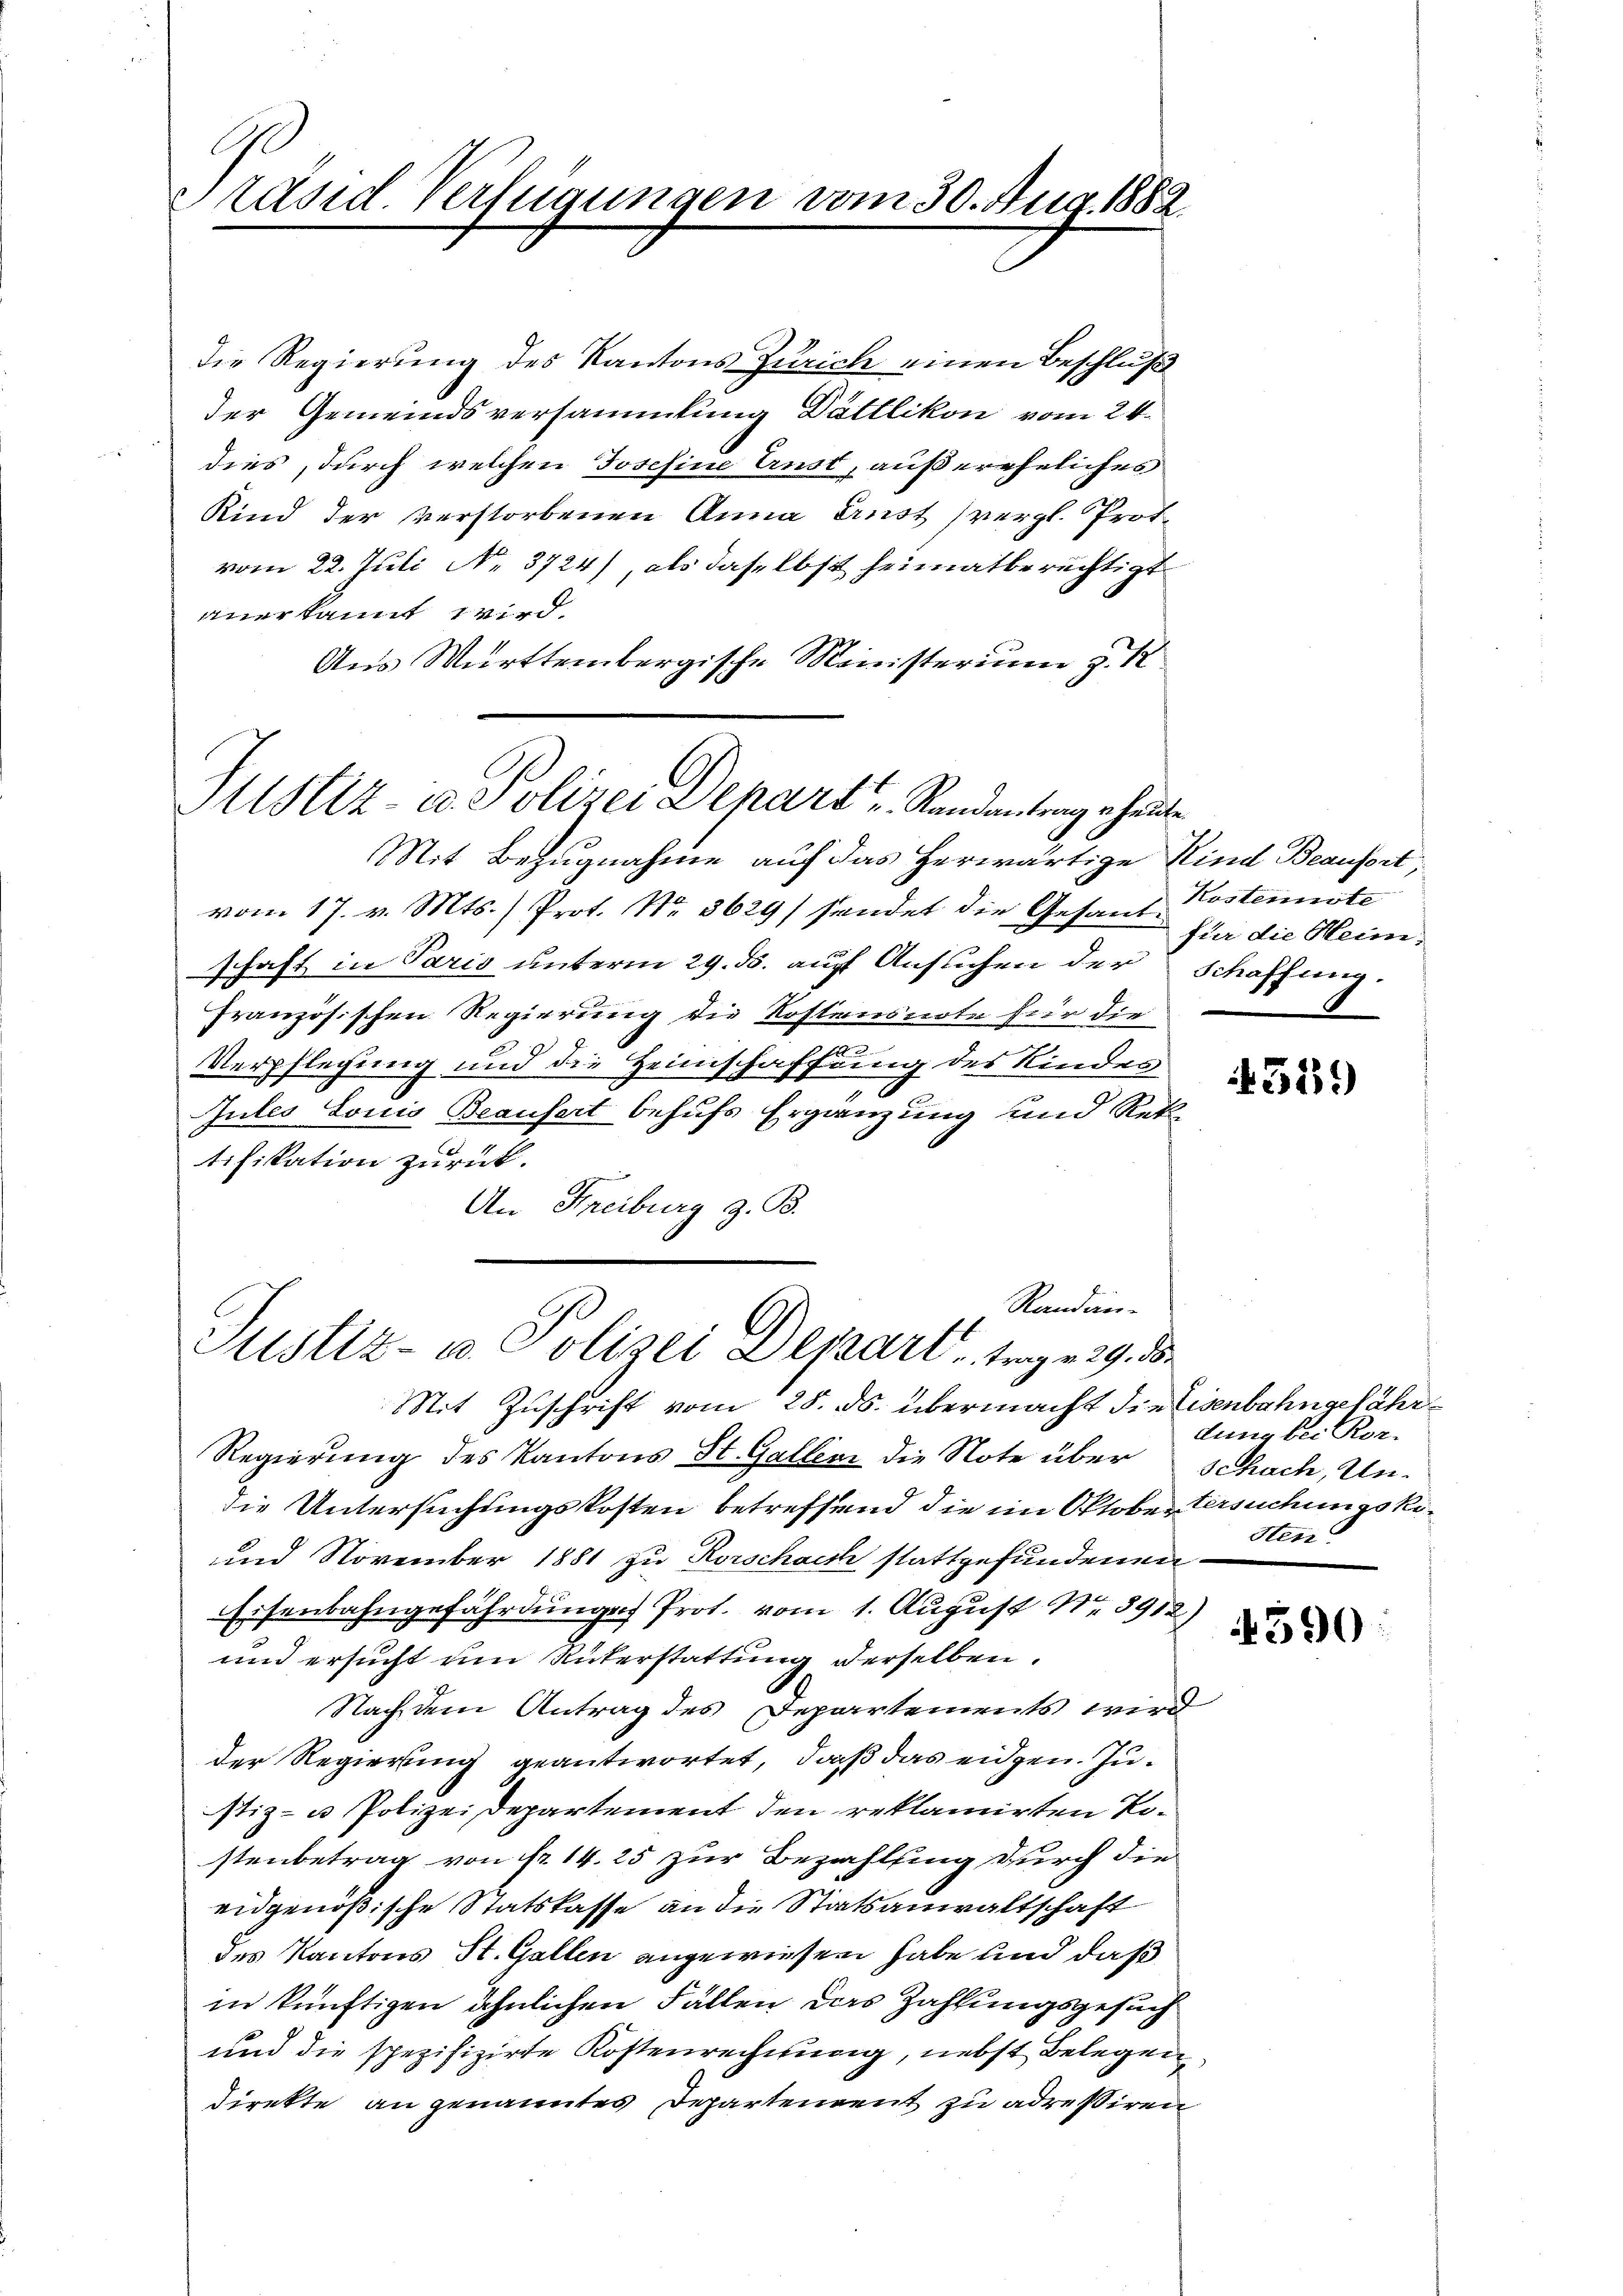
Präsid. Verfügungen vom 30. Aug. 1882.

Justiz- u. Polizei Depart u. Randantrag heuten.

Mit Bezugnahme auf das herwärtige Kind Beausset,
vom 17. v. Mts. ) Prot. Nr. 3629/ sendet die Gesand
schaft in Paris unterm 29. ds. auf Ansuchen der Schaffung.
französischen Regierung die Kostensnote für die
Verpflegung und die Heimschaffung des Kindes
Jules Louis Beaufert behufs Ergänzung und Rektifikation zurück.
An Freiburg z. B.

die Regierung des Kantons Zürich einen Beschluß
der Gemeindsversammlung Dättlikon vom 24.
dies, durch welchen Josefine Ernst, außereheliches
Kind der verstorbenen Anna Ernst vergl. Protvom 22. Juli No. 3724), als daselbst heimatberechtigt
anerkannt wird.
Aus Württembergische Ministerium z. K

Randan-
Justiz- u. Polizei Depart, trage 29. d.
Stit Zuschrift vom 28. ds. übermacht die Eisenbahngefähr¬

Kostennite
für die Heim-

Regierung des Kantons St. Gallenz die Note über Schach, Undie Untersuchungskosten betreffend die im Oktober Versuchungsko¬
und November 1881 zu Rorschach stattgefundenen
Eisenbahngefährdungen Prot. vom 1. August Nr. 3912)
und ersucht um Rükerstattung derselben.
Nach dem Antrag des Departements wird
der Regierung geantwortet, daß das eidgen. Zustiz- u Polizeidepartement den reklamirten Kostenbetrag von Nr. 14. 25 zur Bezahlung durch die
eidgenößische Statskasse an die Statsanwaltschaft
des Kantons St. Gallen angewiesen habe und daß
in künftigen ähnlichen Fällen das Zahlungsgesuch
und die spezifizirte Kostenrechnung, nebst Belegen
direkte an genanntes Departement zu adressiren

432.)

dung bei Kor¬
Sten

390: